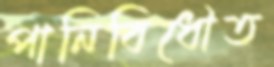
পানিবিধৌত